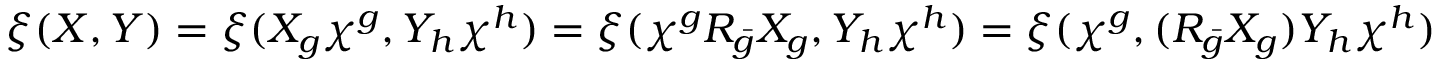
\xi ( X , Y ) = \xi ( X _ { g } \chi ^ { g } , Y _ { h } \chi ^ { h } ) = \xi ( \chi ^ { g } R _ { \bar { g } } X _ { g } , Y _ { h } \chi ^ { h } ) = \xi ( \chi ^ { g } , ( R _ { \bar { g } } X _ { g } ) Y _ { h } \chi ^ { h } )